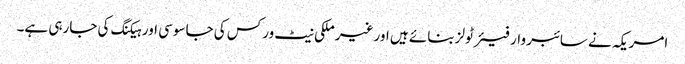
امریکہ نے سائبر وار فیئر ٹولز بنائے ہیں اور غیر ملکی نیٹ ورکس کی جاسوسی اور ہیکنگ کی جارہی ہے۔